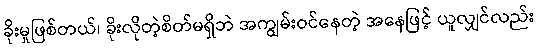
ခိုးမှုဖြစ်တယ်၊ ခိုးလိုတဲ့စိတ်မရှိဘဲ အကျွမ်းဝင်နေတဲ့ အနေဖြင့် ယူလျှင်လည်း